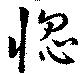
惚